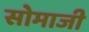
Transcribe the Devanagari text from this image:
सोमाजी